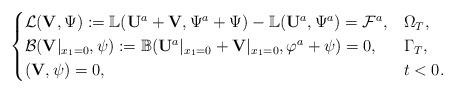
LaTeX: \begin{align*} \begin{cases} \mathcal{L}({\mathbf V},\Psi):=\mathbb{L}({\mathbf U}^a+{\mathbf V},\Psi^a+\Psi)-\mathbb{L}({\mathbf U}^a,\Psi^a)=\mathcal{F}^a, & \Omega_T,\\ \mathcal{B}({\mathbf V}|_{x_1=0},\psi):=\mathbb{B}({\mathbf U}^a|_{x_1=0}+{\mathbf V}|_{x_1=0},\varphi^a+\psi)=0,& \Gamma_T,\\ ({\mathbf V},\psi)=0, & t<0.\end{cases}\end{align*}